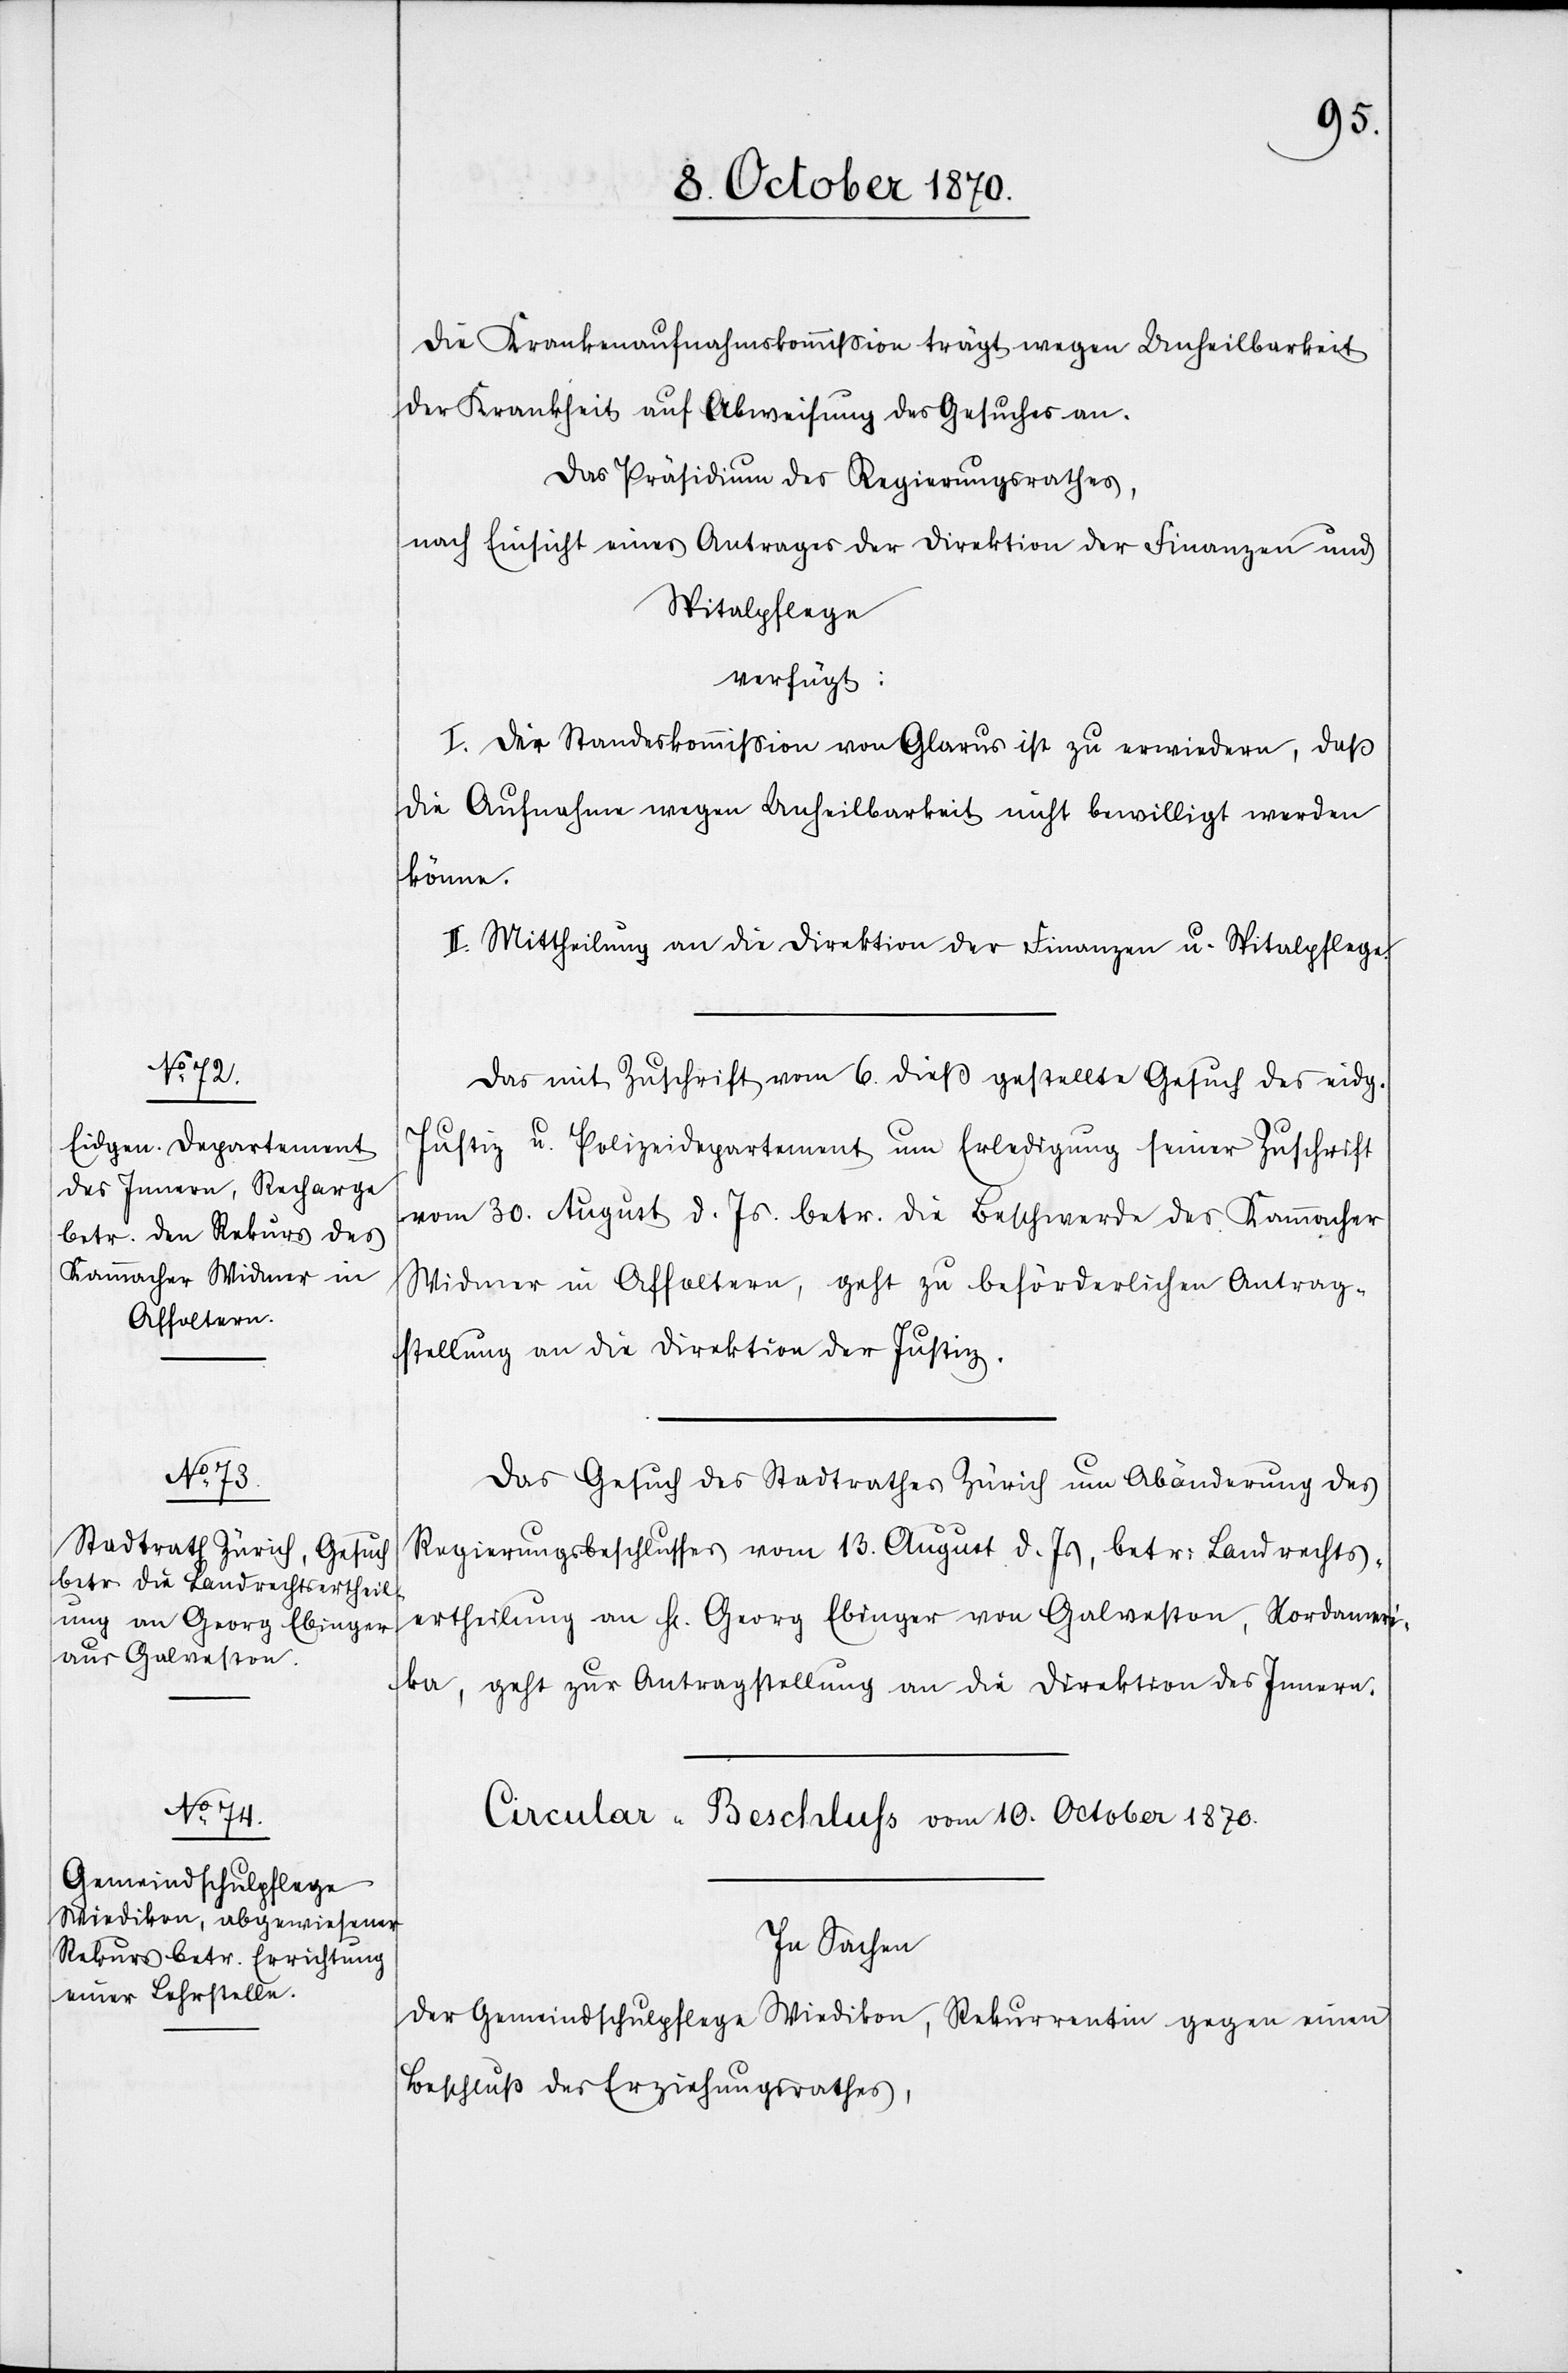
10. October 1870.]
Die Krankenaufnahmskommißion trägt wegen Unheilbarkeit
der Krankheit auf Abweisung des Gesuches an.
Das Präsidium des Regierungsrathes,
nach Einsicht eines Antrages der Direktion der Finanzen und
Spitalpflege
verfügt:
I. Der Standeskommission von Glarus ist zu erwiedern, daß
die Aufnahme wegen Unheilbarkeit nicht bewilligt werden
könne.
II. Mittheilung an die Direktion der Finanzen u. Spitalpflege.
Das mit Zuschrift vom 6. dieß gestellte Gesuch des eid.
Justiz u. Polizeidepartement um Erledigung seiner Zuschrift
vom 30. August d. Js. betr. die Beschwerde des Kammacher
Widmer in Affoltern, geht zu beförderlicher Antrag¬
stellung an die Direktion der Justiz.
Das Gesuch des Stadtrathes Zürich um Abänderung des
Regierungsbeschlusses vom 13. August d. Js, betr: Landrechts¬
ertheilung an H. Georg Ebinger von Galveston, Nordameri¬
ka, geht zur Antragstellung an die Direktion des Innern.
Circular-Beschluss vom 10. October 1870.
In Sachen
der Gemeindschulpflege Wiedikon, Rekurrentin gegen einen
Beschluß des Erziehungsrathes,